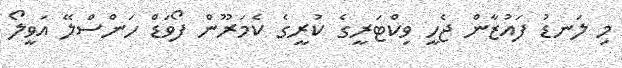
މި ލަނޑު ފައުޒާން ޖެހީ ވިކްޓަރީގެ ކުރީގެ ކެމަރޫން ފޯވަޑް ހަންސްލޭ އަވީލޯ